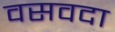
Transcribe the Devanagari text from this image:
वसवदा